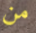
من